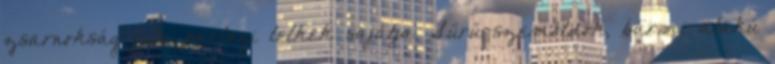
zsarnokság jele, parlagi lelkek sajátja. Sűrű szemöldök, bármi alakú